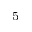
_ 5